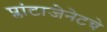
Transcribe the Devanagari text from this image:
प्लांटाजेनेटचे